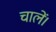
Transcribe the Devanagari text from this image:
चालें।